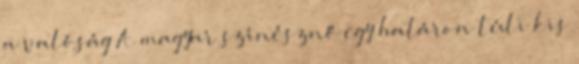
a valóság A magyar színésznő egy határon túli kis